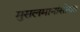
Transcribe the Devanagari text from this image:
मुसलमानांसोबत